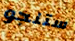
ستنجو